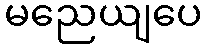
မညေယျပေ